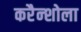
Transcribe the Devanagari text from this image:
करैन्शोला